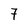
Character: 7